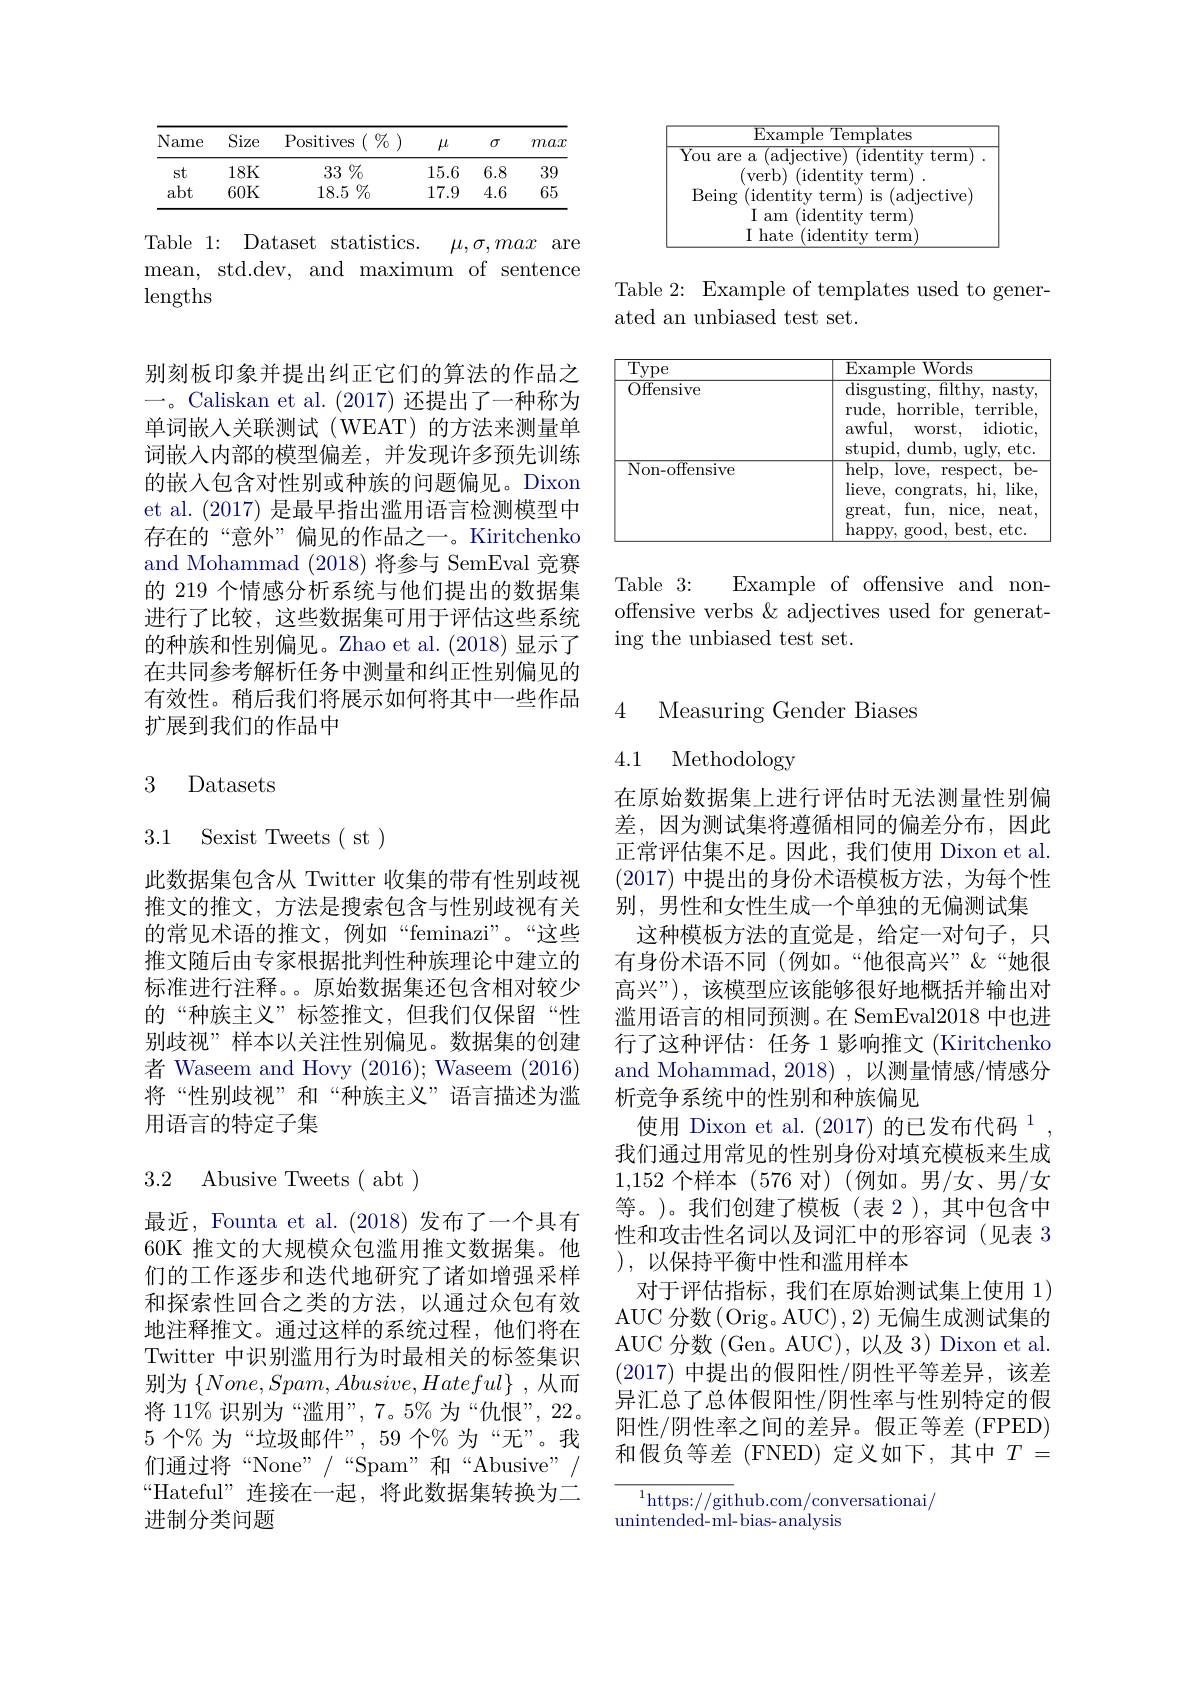
<table>
	<tbody>
		<tr>
			<th>Name</th>
			<th>Size</th>
			<th>$(\begin{array}{c}\%&)\\\end{array}$ Positives</th>
			<th>$\mu$</th>
			<th>$\sigma$</th>
			<th>max</th>
		</tr>
		<tr>
			<td>st</td>
			<td>18K</td>
			<td>33 $\%$</td>
			<td>15.6</td>
			<td>6.8</td>
			<td>39</td>
		</tr>
		<tr>
			<td>abt</td>
			<td>60K</td>
			<td>$18.5\%$</td>
			<td>17.9</td>
			<td>4.6</td>
			<td>65</td>
		</tr>
	</tbody>
</table>

Table 1: Dataset statistics.
$\mu , \sigma , max$ are
mean, std.dev, and maximum of sentence
lengths

<table>
	<tbody>
		<tr>
			<td> </td>
		</tr>
		<tr>
			<td> </td>
		</tr>
	</tbody>
</table>

Table 2: Example of templates used to gener-
ated an unbiased test set.

<table>
	<tbody>
		<tr>
			<td>Type</td>
			<td>Example ${\mathrm{e~Words}}$</td>
		</tr>
		<tr>
			<td>Offensive</td>
			<td>$\overline{\mathrm{disgusting,~filthy,~nasty}}$ $\operatorname{rude}$, horrible, terrible awful, idiotic WOrst, stunid. $o$ dumb, ugly, etc. </td>
		</tr>
		<tr>
			<td>Non-offensive</td>
			<td>$\overline{\mathrm{help},}$ love, $be.$ $\operatorname{respect}$, $lieve$, hi, l like $\operatorname{congrats}$, fun, nice, $\operatorname{great}$, neat happy, g $good.$ ,best$,\epsilon$ $etc.$</td>
		</tr>
	</tbody>
</table>

Example of offensive and non-
${\mathrm{Table}}$ 3{:}
offensive verbs &adjectives used for generat-
ing the unbiased test set.

别刻板印象并提出纠正它们的算法的作品之一。Caliskan et al. (2017)还提出了一种称为单词嵌入关联测试(WEAT)的方法来测量单词嵌入内部的模型偏差，并发现许多预先训练的嵌入包含对性别或种族的问题偏见。Dixon et al. (2017)是最早指出滥用语言检测模型中存在的“意外”偏见的作品之一。Kiritchenko and Mohammad (2018)将参与 SemEval 竞赛的 219 个情感分析系统与他们提出的数据集进行了比较，这些数据集可用于评估这些系统的种族和性别偏见。Zhao et al.(2018) 显示了在共同参考解析任务中测量和纠正性别偏见的有效性。稍后我们将展示如何将其中一些作品扩展到我们的作品中

## 3 Datasets

3.1 Sexist Tweets( st)

此数据集包含从 Twitter 收集的带有性别歧视推文的推文，方法是搜索包含与性别歧视有关的常见术语的推文，例如“feminazi”。“这些推文随后由专家根据批判性种族理论中建立的标准进行注释。。原始数据集还包含相对较少的“种族主义”标签推文，但我们仅保留“性别歧视”样本以关注性别偏见。数据集的创建者 Waseem and Hovy (2016); Waseem (2016) 将“性别歧视”和“种族主义”语言描述为滥用语言的特定子集

## 3.2 Abusive Tweets( abt )

最近，Founta et al. (2018)发布了一个具有60K 推文的大规模众包滥用推文数据集。他们的工作逐步和迭代地研究了诸如增强采样和探索性回合之类的方法，以通过众包有效地注释推文。通过这样的系统过程，他们将在Twitter 中识别滥用行为时最相关的标签集识别为$\left\{None,Spam,Abusive,Hateful\right\}$,从而将 11% 识别为“滥用”, 7。5% 为“仇恨”, 22。5个%为“垃圾邮件”,59个%为“无”。我们通过将“None”/“Spam”和“Abusive”/ “Hateful” 连接在一起，将此数据集转换为二进制分类问题

Measuring Gender Biases

4.1 Methodology

在原始数据集上进行评估时无法测量性别偏差，因为测试集将遵循相同的偏差分布，因此正常评估集不足。因此，我们使用 Dixon et al. (2017)中提出的身份术语模板方法，为每个性别，男性和女性生成一个单独的无偏测试集
这种模板方法的直觉是，给定一对句子，只有身份术语不同(例如。“他很高兴”"""她很高兴”),该模型应该能够很好地概括并输出对滥用语言的相同预测。在 SemEval2018 中也进行了这种评估：任务 1 影响推文 (Kiritchenko and Mohammad, 2018), 以测量情感/情感分析竞争系统中的性别和种族偏见
使用 Dixon et al.(2017)的已发布代码$^{1}$, 我们通过用常见的性别身份对填充模板来生成1,152个样本 (576 对)(例如。男/女、男/女等。)。我们创建了模板(表 2),其中包含中性和攻击性名词以及词汇中的形容词(见表 3 ),以保持平衡中性和滥用样本
对于评估指标，我们在原始测试集上使用 1) AUC 分数(Orig。AUC),2) 无偏生成测试集的AUC 分数(Gen。AUC),以及 3)Dixon et al. (2017)中提出的假阳性/阴性平等差异，该差异汇总了总体假阳性/阴性率与性别特定的假阳性/阴性率之间的差异。假正等差(FPED) 和假负等差(FNED)定义如下，其中$T=$

$^{1}$https://github.com/conversationai/
unintended- ml- bias- analysis